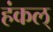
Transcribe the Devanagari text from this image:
हंकल्